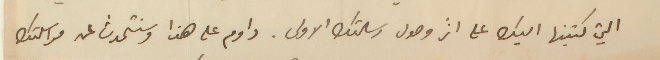
التي كتبتها اليك على اثر وصول رسالتك الاولى. داوم على هذا وسنتحدث عن مراسلتك